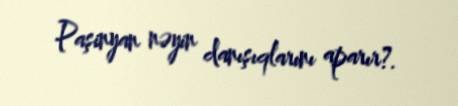
Paşinyan nəyin danışıqlarını aparır?.